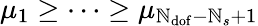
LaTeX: \mu_{1}\geq\dots\geq\mu_{\mathbb{N}_{\mathrm{{dof}}}-\mathbb{N}_{s}+1}